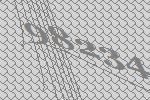
98234